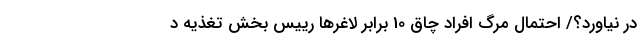
در نیاورد؟/ احتمال مرگ افراد چاق 10 برابر لاغرها رییس بخش تغذیه د